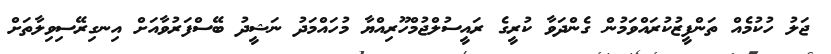
ޖަލު ހުކުމެއް ތަންފީޒުކުރައްވަމުން ގެންދަވާ ކުރީގެ ރައީސުލްޖުމްހޫރިއްޔާ މުހައްމަދު ނަޝީދު ބޭސްފަރުވާއަށް އިނގިރޭސިވިލާތަށް